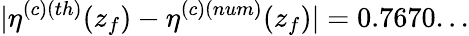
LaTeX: |\eta^{(c)(th)}(z_{f})-\eta^{(c)(num)}(z_{f})|=0.7670...